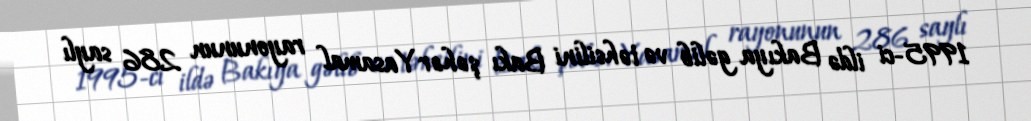
1995-ci ildə Bakıya gəlib və təhsilini Bakı şəhər Yasamal rayonunun 286 saylı